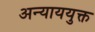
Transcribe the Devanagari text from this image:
अन्याययुक्त